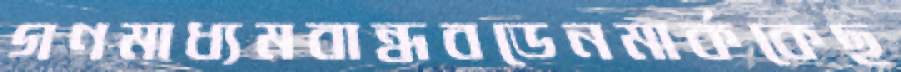
গণমাধ্যমবান্ধবডেনমার্ককেছ